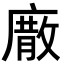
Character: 𢊰